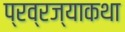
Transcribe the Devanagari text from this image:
प्रव्रज्याकथा